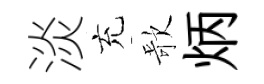
淡充歌炳